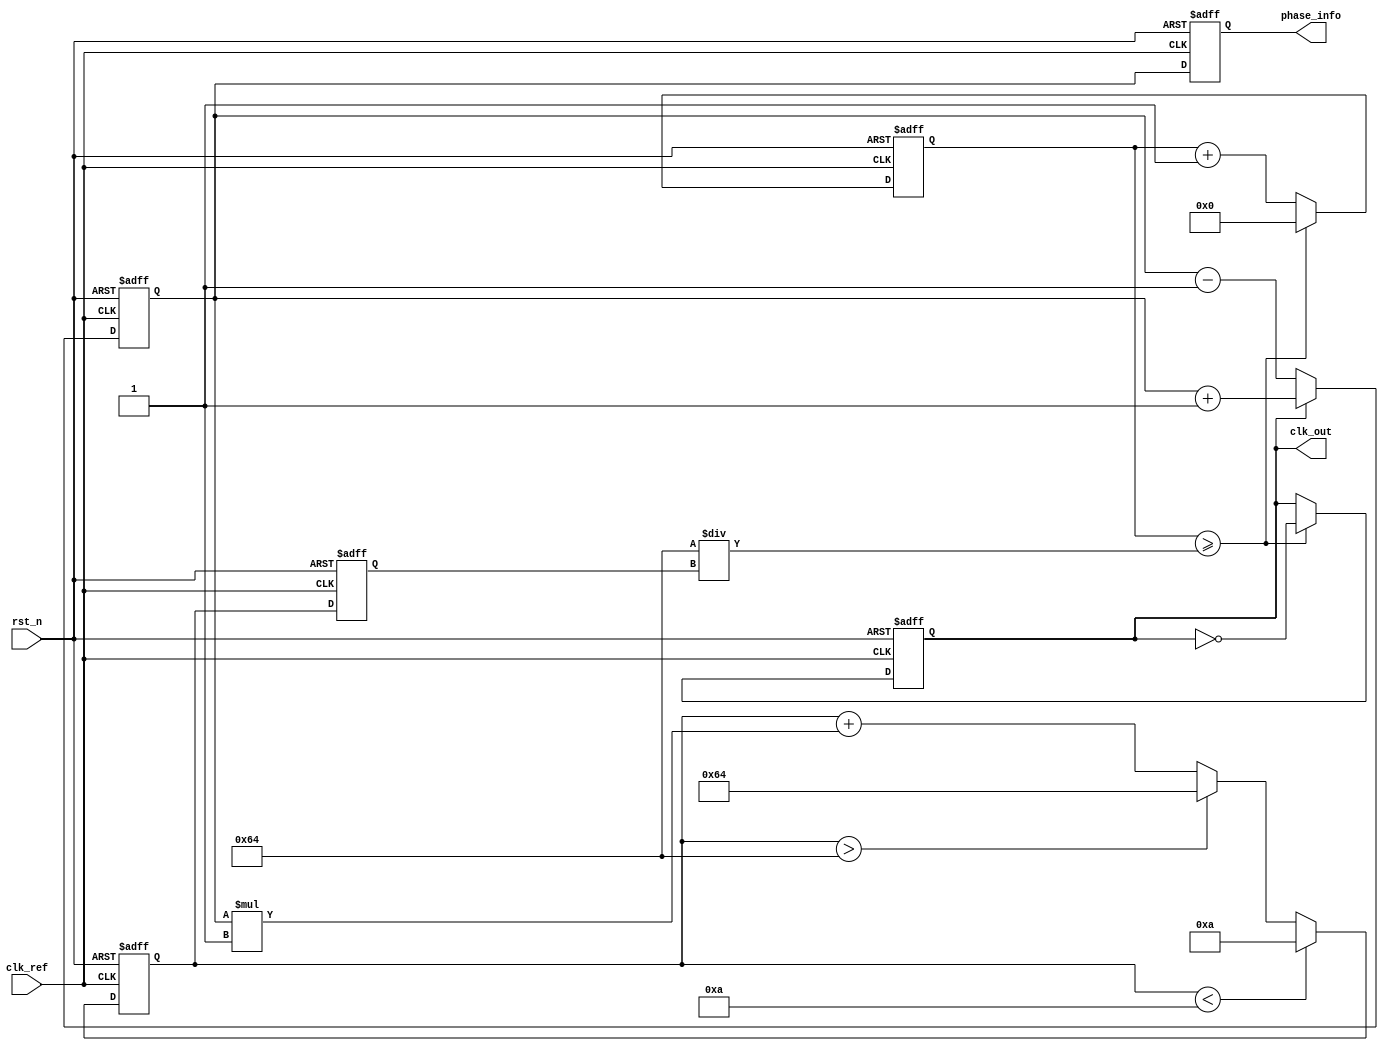
module pll (
    input wire clk_ref,          // Reference clock input
    input wire rst_n,           // Active low reset
    output reg clk_out,         // Output clock
    output reg [7:0] phase_info // Memory block for phase information
);

    // Parameters
    parameter VCO_MAX_FREQ = 100; // Max frequency for VCO
    parameter VCO_MIN_FREQ = 10;   // Min frequency for VCO
    parameter LOOP_FILTER_GAIN = 1; // Gain for loop filter

    // Internal signals
    reg [7:0] phase_error;        // Phase error signal from PD
    reg [7:0] control_voltage;     // Control voltage for VCO
    reg [7:0] vco_freq;            // Current frequency of VCO
    reg [31:0] counter;            // Counter for generating output clock

    // Phase Detector (PD)
    always @(posedge clk_ref or negedge rst_n) begin
        if (!rst_n) begin
            phase_error <= 0;
        end else begin
            // Simple phase detection logic (for example purposes)
            if (clk_out) begin
                phase_error <= phase_error + 1; // Increment error
            end else begin
                phase_error <= phase_error - 1; // Decrement error
            end
        end
    end

    // Loop Filter (LF)
    always @(posedge clk_ref or negedge rst_n) begin
        if (!rst_n) begin
            control_voltage <= 0;
        end else begin
            // Simple first-order loop filter
            control_voltage <= control_voltage + (phase_error * LOOP_FILTER_GAIN);
            // Clamp control voltage to VCO range
            if (control_voltage > VCO_MAX_FREQ) control_voltage <= VCO_MAX_FREQ;
            if (control_voltage < VCO_MIN_FREQ) control_voltage <= VCO_MIN_FREQ;
        end
    end

    // Voltage-Controlled Oscillator (VCO)
    always @(posedge clk_ref or negedge rst_n) begin
        if (!rst_n) begin
            vco_freq <= VCO_MIN_FREQ; // Start at minimum frequency
            clk_out <= 0;
            counter <= 0;
        end else begin
            // Adjust VCO frequency based on control voltage
            vco_freq <= control_voltage;

            // Generate output clock based on VCO frequency
            counter <= counter + 1;
            if (counter >= (100 / vco_freq)) begin // Adjust counter threshold based on frequency
                clk_out <= ~clk_out; // Toggle output clock
                counter <= 0; // Reset counter
            end
        end
    end

    // Memory Block for Phase Information
    always @(posedge clk_ref or negedge rst_n) begin
        if (!rst_n) begin
            phase_info <= 0; // Clear memory on reset
        end else begin
            // Store phase information (for example purposes)
            phase_info <= phase_error; // Store current phase error
        end
    end

endmodule